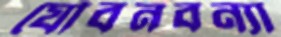
যৌবনবন্যা